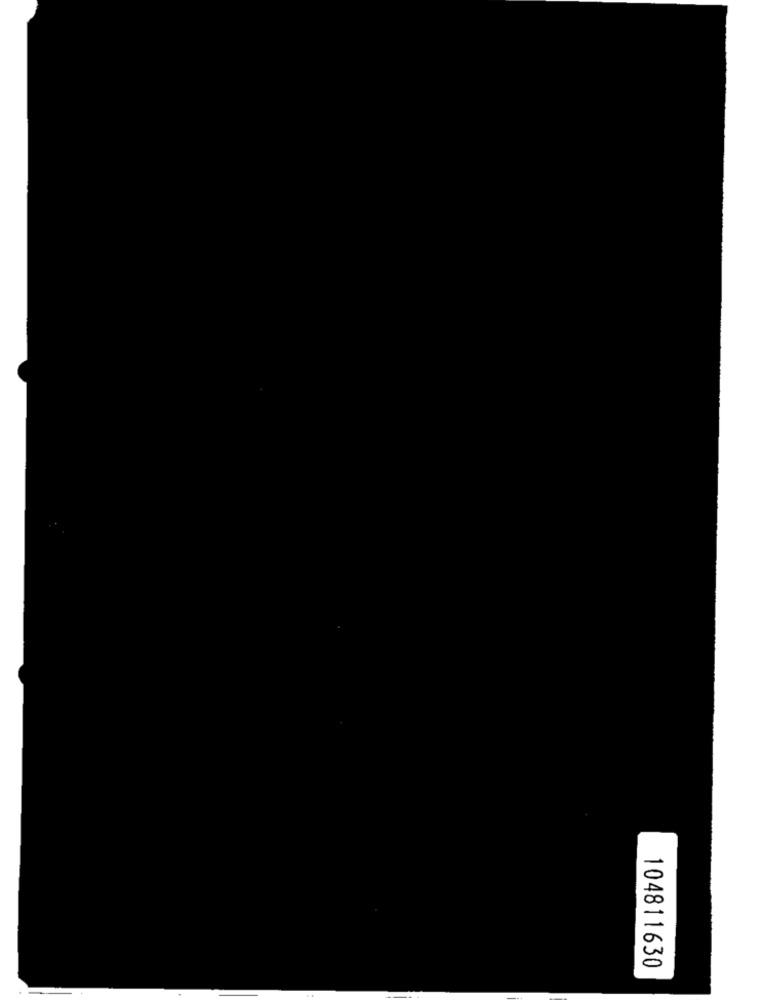
104811630